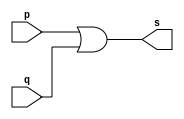
// -------------------------
// Exemplo04 - OR
// Nome: Fbio Fiuza Pereira
// -------------------------
// -------------------------
// -- or gate
// -------------------------
module orgate ( output s,
input p, q);
assign s = p | q;
endmodule // orgate
// ---------------------
// -- test or gate
// ---------------------
module testorgate;
// ------------------------- dados locais
reg a, b; // definir registradores
wire s; // definir conexao (fio)
// ------------------------- instancia
orgate OR1 (s, a, b);
// ------------------------- preparacao
initial begin:start
// atribuicao simultanea
// dos valores iniciais
a=0; b=0;
end
// ------------------------- parte principal
initial begin
$display("Exemplo04 - Fbio Fiuza Pereira - 406087");
$display("Test OR gate");
$display("\na & b = s\n");
a=0; b=0;
#1 $display("%b & %b, = %b", a, b, s);
a=0; b=1;
#1 $display("%b & %b = %b", a, b, s);
a=1; b=0;
#1 $display("%b & %b = %b", a, b, s);
a=1; b=1;
#1 $display("%b & %b = %b", a, b, s);
end
endmodule // testorgate